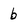
Character: b